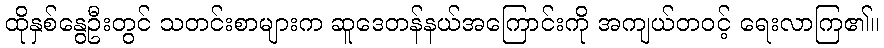
ထိုနှစ်နွေဦးတွင် သတင်းစာများက ဆူဒေတန်နယ်အကြောင်းကို အကျယ်တဝင့် ရေးလာကြ၏။